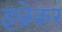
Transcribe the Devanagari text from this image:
इल्रेकर